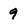
Character: 9